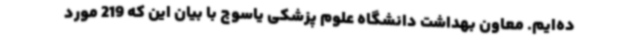
ده‌ایم. معاون بهداشت دانشگاه علوم پزشکی یاسوج با بیان این که 219 مورد